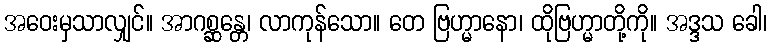
အဝေးမှသာလျှင်။ အာဂစ္ဆန္တေ၊ လာကုန်သော။ တေ ဗြဟ္မာနော၊ ထိုဗြဟ္မာတို့ကို။ အဒ္ဒသ ခေါ၊